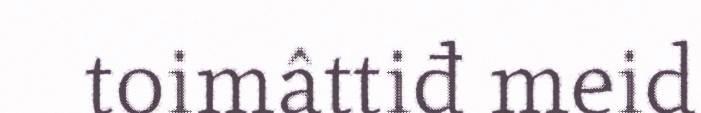
toimâttiđ meid